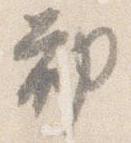
勧